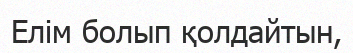
Елім болып қолдайтын,